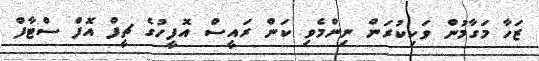
ޒަހާ މަގާމުން ވަކިކުރަން ނިންމެވި ކަން ރައީސް އޮފީހުގެ ޗީފް އޮފް ސްޓާފް